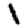
Digit: 1